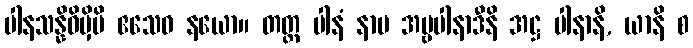
ပါနသန္နိဓိမှိပိ ဧသေဝ နယော။ တတ္ထ ပါနံ နာမ အမ္ဗပါနာဒီနိ အဋ္ဌ ပါနာနိ, ယာနိ စ